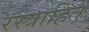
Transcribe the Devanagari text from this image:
रस्त्राहित